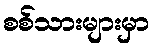
စစ်သားများမှာ